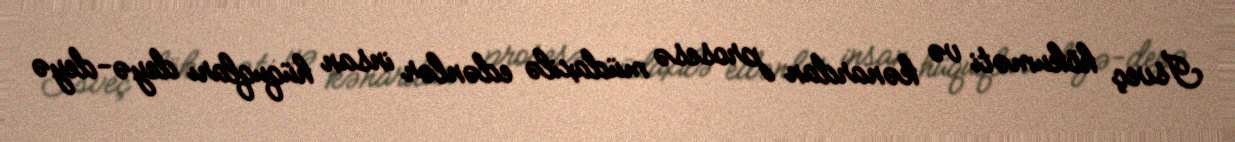
İsveç hökuməti və kənardan prosesə müdaxilə edənlər insan hüquqları deyə-deyə